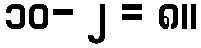
၁၀- ၂ = ၈။